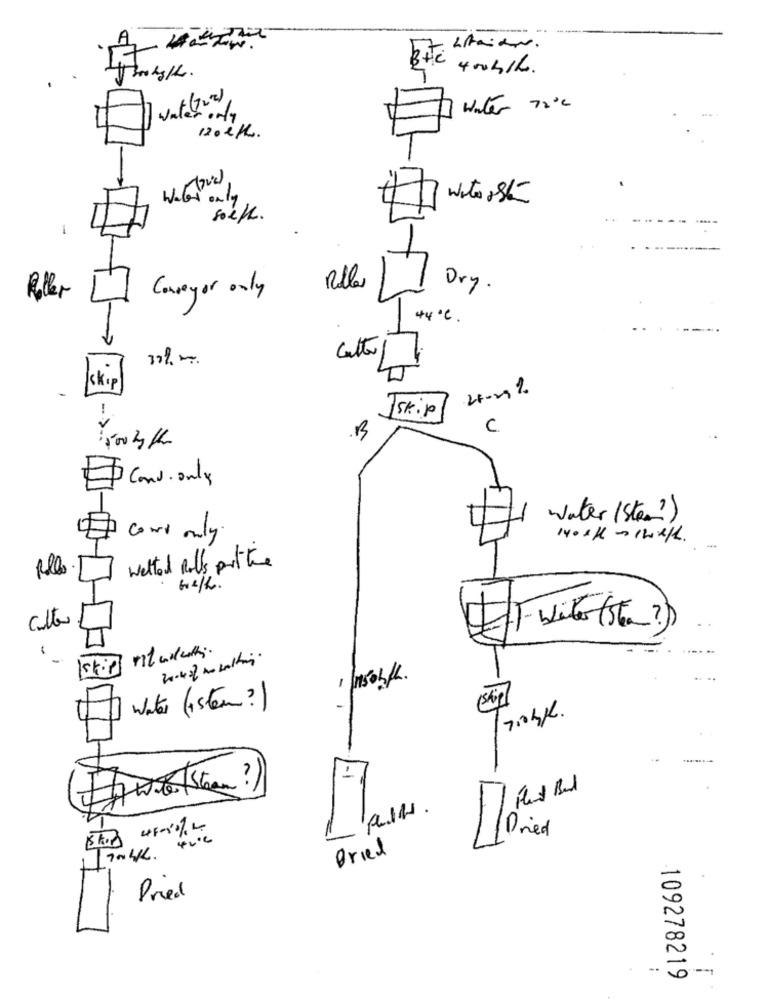
4004/L.
wate(7ve)
Water 720℃
only
waters5
soll.
Conveyor only
Rolle
Dry .
Roller
44 ℃ .
Cette
İkip
--
Iskip
B
C
Cond. only
water (Stee?)
Cowi only.
welted Rolls pitture
culte
- white (Sta?)
-
1skip
Water (istan ?)
n.
1-1
Dried
Pried
109278219